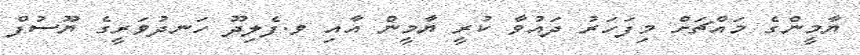
ޔާމީންގެ މައްޗަށް މިފަހަރު ދައުވާ ކުރީ ޔާމީން އާއި ވ.ފެލިދޫ ހަނދުވަރީގެ ޔޫސުފް